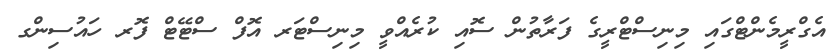
އެގްރީމެންޓްގައި މިނިސްޓްރީގެ ފަރާތުން ސޮއި ކުރެއްވީ މިނިސްޓަރ އޮފް ސްޓޭޓް ފޮރ ހައުސިންގ